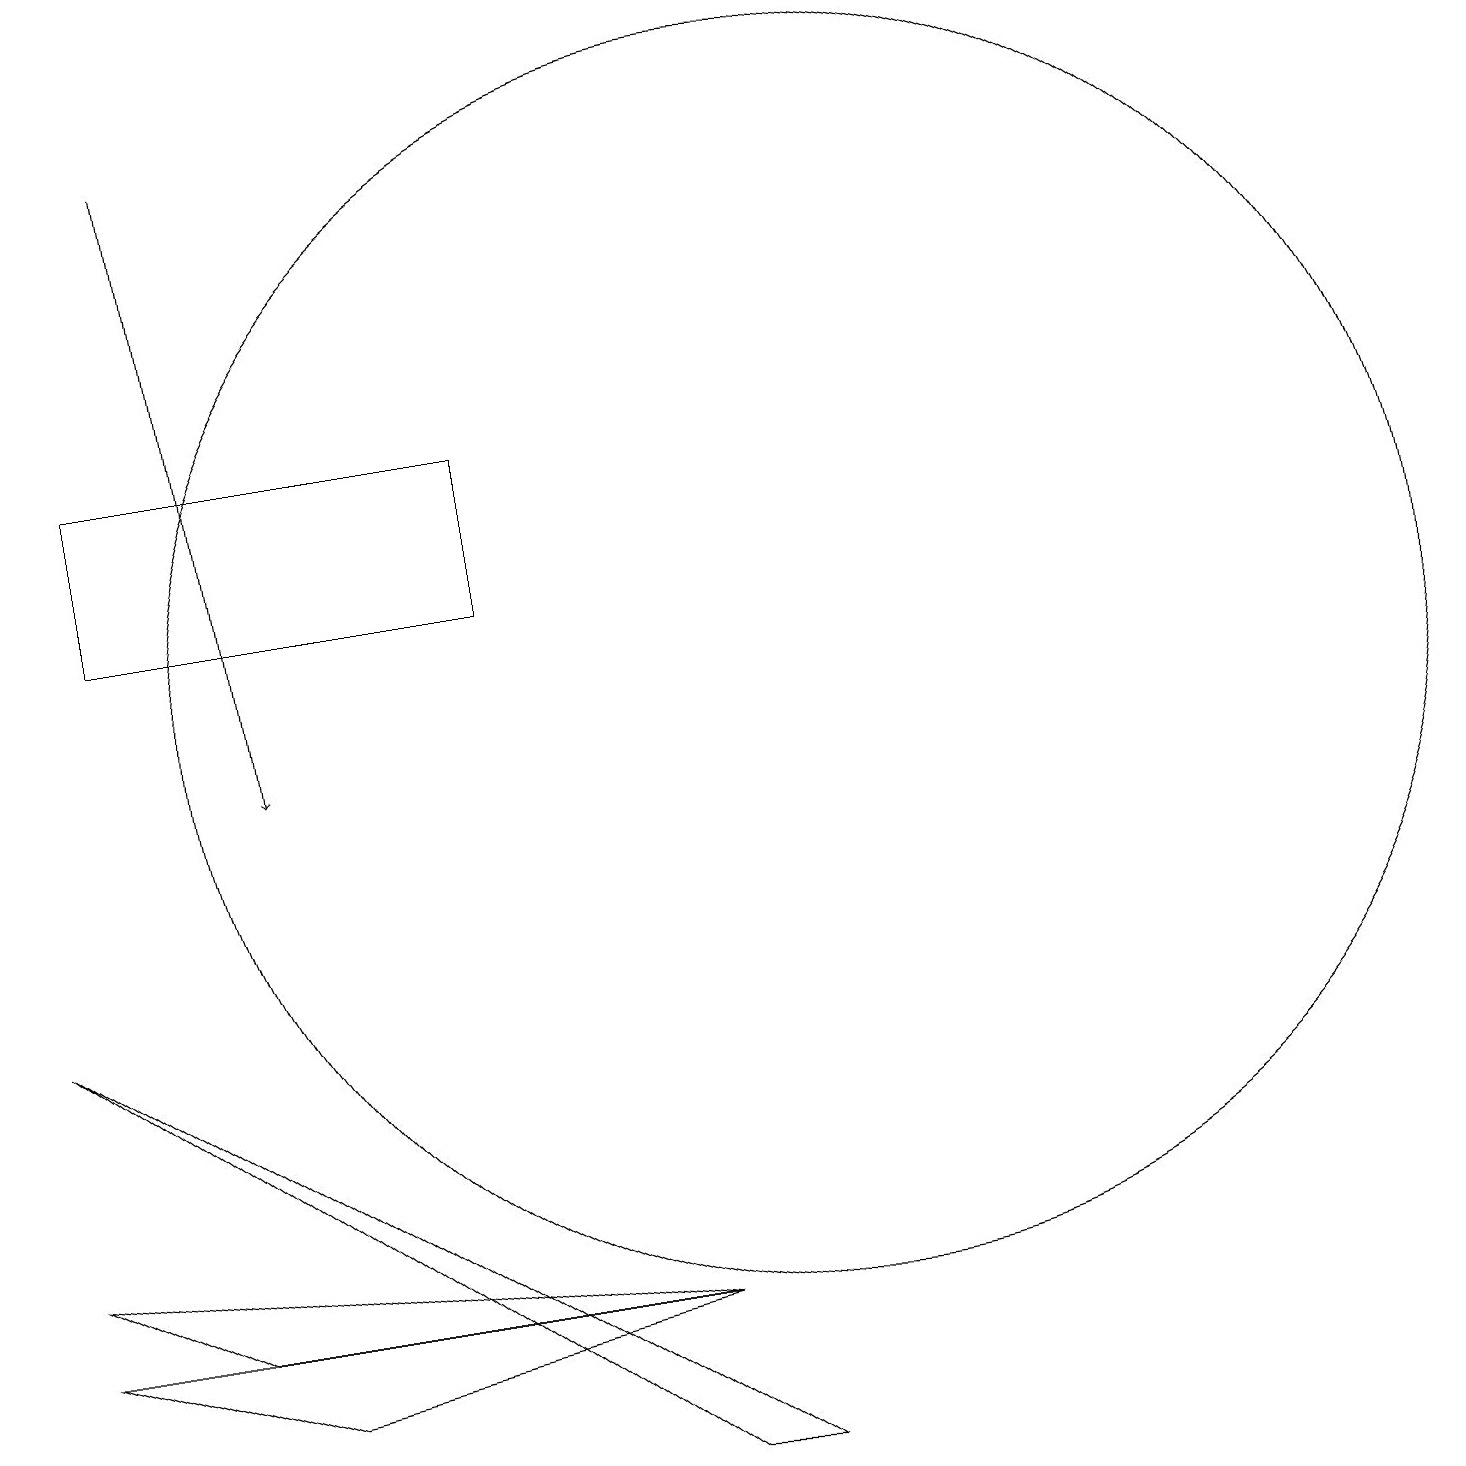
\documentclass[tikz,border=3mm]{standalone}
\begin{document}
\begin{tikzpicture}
\draw (8,3) -- (2,3) -- (0,4) -- cycle;
\draw (10,11) circle (8);
\draw (3,2) -- (8,3) -- (0,3) -- cycle;
\draw (6,14) rectangle (1,12);
\draw (9,1) -- (0,7) -- (8,1) -- cycle;
\draw[->] (2,18) -- (3,10);
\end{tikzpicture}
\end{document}